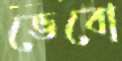
ভেবো